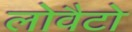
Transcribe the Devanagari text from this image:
लोवैटो